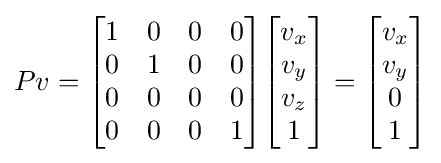
Pv={\begin{bmatrix}1&0&0&0\\0&1&0&0\\0&0&0&0\\0&0&0&1\end{bmatrix}}{\begin{bmatrix}v_{x}\\v_{y}\\v_{z}\\1\end{bmatrix}}={\begin{bmatrix}v_{x}\\v_{y}\\0\\1\end{bmatrix}}